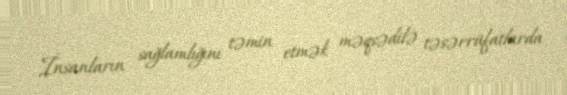
İnsanların sağlamlığını təmin etmək məqsədilə təsərrüfatlarda